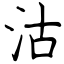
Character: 沽